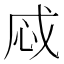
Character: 𢘱